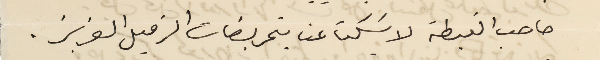
صاحب الغبطة لاسَكت عنا بتحريضات الزميل العزيز.